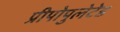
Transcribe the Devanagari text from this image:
प्रीपोपुलेटेड